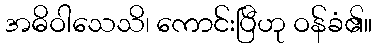
အဓိဝါသေသိ၊ ကောင်းပြီဟု ဝန်ခံ၏။